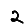
Digit: 2